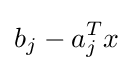
b_{j}-a_{j}^{T}x